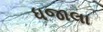
ધજાલા